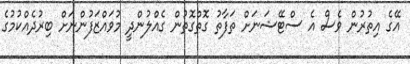
އޭގެ އިތުރުން ވެސް އެ ސްޓޭޝަނަށް ތަފާތު ގޮތްގޮތުން ގެއްލުންދީ މުވައްޒަފުންނަށް ބިރުދެއްކުމުގެ